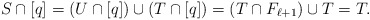
\begin{align*}S \cap [q] = (U \cap [q]) \cup (T \cap [q]) = (T \cap F_{\ell+1}) \cup T = T.\end{align*}